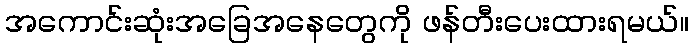
အကောင်းဆုံးအခြေအနေတွေကို ဖန်တီးပေးထားရမယ်။